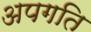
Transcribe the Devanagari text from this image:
अपगति